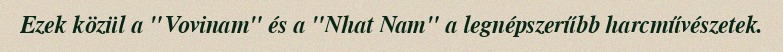
Ezek közül a "Vovinam" és a "Nhat Nam" a legnépszerűbb harcművészetek.